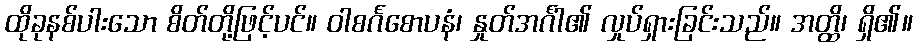
ထိုခုနစ်ပါးသော စိတ်တို့ဖြင့်ပင်။ ဝါစင်္ဂစောပနံ၊ နှုတ်အင်္ဂါ၏ လှုပ်ရှားခြင်းသည်။ အတ္ထိ၊ ရှိ၏။